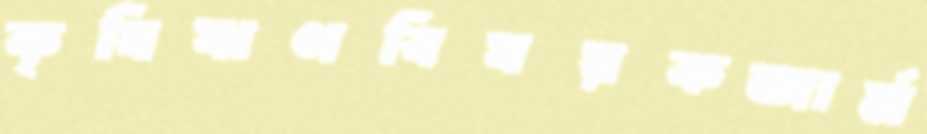
কৃষিঋণবিষয়কজার্ম